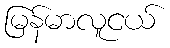
မြန်မာလူငယ်